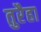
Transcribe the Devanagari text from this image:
तुरैहा